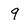
Character: 9